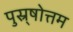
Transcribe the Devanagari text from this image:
पुस्र्षोत्तम